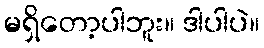
မရှိတော့ပါဘူး။ ဒါပါပဲ။